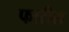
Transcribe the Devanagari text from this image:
फारीस